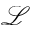
\mathcal { L }